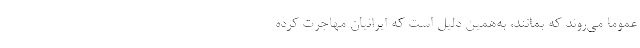
عموماً می‌روند که بمانند، به‌همین دلیل است که ایرانیان مهاجرت کرده